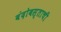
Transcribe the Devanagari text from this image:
बंदोबस्ताची